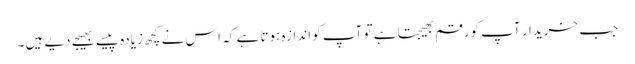
جب خریدار آپ کو رقم بھیجتا ہے تو آپ کو اندازہ ہوتا ہے کہ اس نے کچھ زیادہ پیسے بھیجے دیے ہیں۔